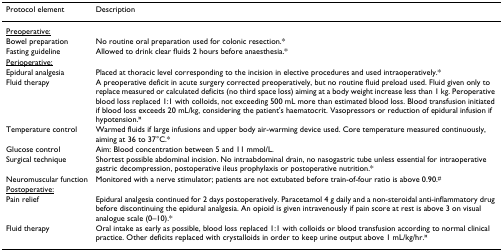
<table><thead><tr><td><b>Protocol element</b></td><td><b>Description</b></td></tr></thead><tbody><tr><td><underline>Preoperative:</underline></td><td></td></tr><tr><td>Bowel preparation</td><td>No routine oral preparation used for colonic resection.*</td></tr><tr><td>Fasting guideline</td><td>Allowed to drink clear fluids 2 hours before anaesthesia.*</td></tr><tr><td><underline>Perioperative:</underline></td><td></td></tr><tr><td>Epidural analgesia</td><td>Placed at thoracic level corresponding to the incision in elective procedures and used intraoperatively.*</td></tr><tr><td>Fluid therapy</td><td>A preoperative deficit in acute surgery corrected preoperatively, but no routine fluid preload used. Fluid given only to replace measured or calculated deficits (no third space loss) aiming at a body weight increase less than 1 kg. Peroperative blood loss replaced 1:1 with colloids, not exceeding 500 mL more than estimated blood loss. Blood transfusion initiated if blood loss exceeds 20 mL/kg, considering the patient&#x27;s haematocrit. Vasopressors or reduction of epidural infusion if hypotension.<sup>¤</sup></td></tr><tr><td>Temperature control</td><td>Warmed fluids if large infusions and upper body air-warming device used. Core temperature measured continuously, aiming at 36 to 37°C.*</td></tr><tr><td>Glucose control</td><td>Aim: Blood concentration between 5 and 11 mmol/L.</td></tr><tr><td>Surgical technique</td><td>Shortest possible abdominal incision. No intraabdominal drain, no nasogastric tube unless essential for intraoperative gastric decompression, postoperative ileus prophylaxis or postoperative nutrition.*</td></tr><tr><td>Neuromuscular function</td><td>Monitored with a nerve stimulator; patients are not extubated before train-of-four ratio is above 0.90.<sup>#</sup></td></tr><tr><td><underline>Postoperative:</underline></td><td></td></tr><tr><td>Pain relief</td><td>Epidural analgesia continued for 2 days postoperatively. Paracetamol 4 g daily and a non-steroidal anti-inflammatory drug before discontinuing the epidural analgesia. An opioid is given intravenously if pain score at rest is above 3 on visual analogue scale (0–10).*</td></tr><tr><td>Fluid therapy</td><td>Oral intake as early as possible, blood loss replaced 1:1 with colloids or blood transfusion according to normal clinical practice. Other deficits replaced with crystalloids in order to keep urine output above 1 mL/kg/hr.<sup>¤</sup></td></tr></tbody></table>